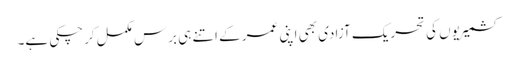
کشمیریوں کی تحریک آزادی بھی اپنی عمر کے اتنے ہی برس مکمل کرچکی ہے۔